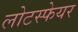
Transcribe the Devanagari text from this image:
लोटस्फेयर